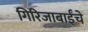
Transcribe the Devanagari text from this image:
गिरिजाबाईंचे